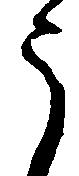
う